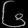
Digit: ၆